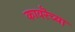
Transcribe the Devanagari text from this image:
कावरॆच्या